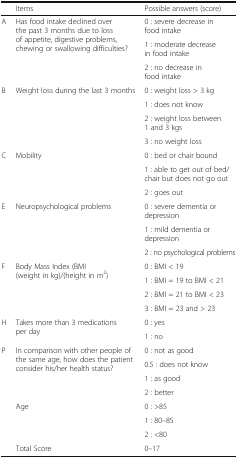
|  | Items | Possible answers (score) |
 | --- | --- | --- |
 | <ROWSPAN=3> A | <ROWSPAN=3> Has food intake declined over the past 3 months due to loss of appetite, digestive problems, chewing or swallowing difficulties? | 0 : severe decrease in food intake |
 | 1 : moderate decrease in food intake |
 | 2 : no decrease in food intake |
 | <ROWSPAN=4> B | <ROWSPAN=4> Weight loss during the last 3 months | 0 : weight loss > 3 kg |
 | 1 : does not know |
 | 2 : weight loss between 1 and 3 kgs |
 | 3 : no weight loss |
 | <ROWSPAN=3> C | <ROWSPAN=3> Mobility | 0 : bed or chair bound |
 | 1 : able to get out of bed/chair but does not go out |
 | 2 : goes out |
 | <ROWSPAN=3> E | <ROWSPAN=3> Neuropsychological problems | 0 : severe dementia or depression |
 | 1 : mild dementia or depression |
 | 2 : no psychological problems |
 | <ROWSPAN=4> F | <ROWSPAN=4> Body Mass Index (BMI (weight in kg)/(height in m2) | 0 : BMI < 19 |
 | 1 : BMI = 19 to BMI < 21 |
 | 2 : BMI = 21 to BMI < 23 |
 | 3 : BMI = 23 and > 23 |
 | <ROWSPAN=2> H | <ROWSPAN=2> Takes more than 3 medications per day | 0 : yes |
 | 1 : no |
 | <ROWSPAN=4> P | <ROWSPAN=4> In comparison with other people of the same age, how does the patient consider his/her health status? | 0 : not as good |
 | 0.5 : does not know |
 | 1 : as good |
 | 2 : better |
 | <ROWSPAN=3>  | <ROWSPAN=3> Age | 0 : >85 |
 | 1 : 80–85 |
 | 2 : <80 |
 |  | Total Score | 0–17 |